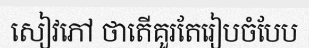
សៀវភៅ ថាតើគួរតែរៀបចំបែប